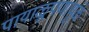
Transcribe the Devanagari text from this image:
पायाळूपणामुळे